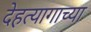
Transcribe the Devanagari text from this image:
देहत्यागाच्या